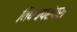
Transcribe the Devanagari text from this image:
विषयपरंपरा